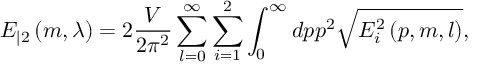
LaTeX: E _ { | 2 } \left( m , \lambda \right) = 2 \frac V { 2 \pi ^ { 2 } } \sum _ { l = 0 } ^ { \infty } \sum _ { i = 1 } ^ { 2 } \int _ { 0 } ^ { \infty } d p p ^ { 2 } \sqrt { E _ { i } ^ { 2 } \left( p , m , l \right) } ,